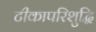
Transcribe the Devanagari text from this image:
टीकापरिशुद्धि